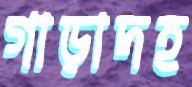
গাড়াদহ